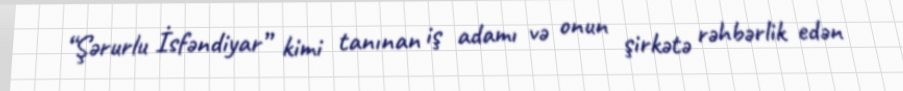
“Şərurlu İsfəndiyar” kimi tanınan iş adamı və onun şirkətə rəhbərlik edən